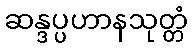
ဆန္ဒပ္ပဟာနသုတ္တံ